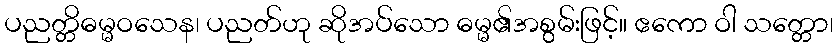
ပညတ္တိဓမ္မဝသေန၊ ပညတ်ဟု ဆိုအပ်သော ဓမ္မ၏အစွမ်းဖြင့်။ ဧကော ဝါ သတ္တော၊